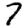
Digit: 7